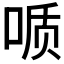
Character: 𫪪